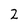
Character: 2